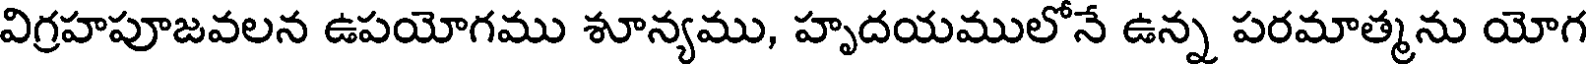
విగ్రహపూజవలన ఉపయోగము శూన్యము, హృదయములోనే ఉన్న పరమాత్మను యోగ